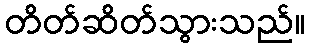
တိတ်ဆိတ်သွားသည်။